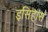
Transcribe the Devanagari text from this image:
इसिहास